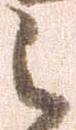
之